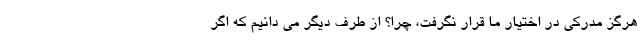
هرگز مدرکی در اختیار ما قرار نگرفت، چرا؟ از طرف دیگر می دانیم که اگر